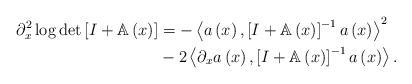
LaTeX: \begin{align*}\partial_{x}^{2}\log\det\left[ I+\mathbb{A}\left( x\right) \right] &=-\left\langle a\left( x\right) ,\left[ I+\mathbb{A}\left( x\right)\right] ^{-1}a\left( x\right) \right\rangle ^{2}\\& -2\left\langle \partial_{x}a\left( x\right) ,\left[ I+\mathbb{A}\left(x\right) \right] ^{-1}a\left( x\right) \right\rangle .\end{align*}